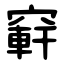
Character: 䆭